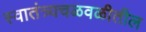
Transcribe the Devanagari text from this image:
स्वातंत्र्यचळवळीतील